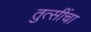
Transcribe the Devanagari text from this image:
तुत्‍सींचा